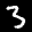
Label: 3